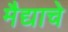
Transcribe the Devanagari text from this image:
मैद्याचे